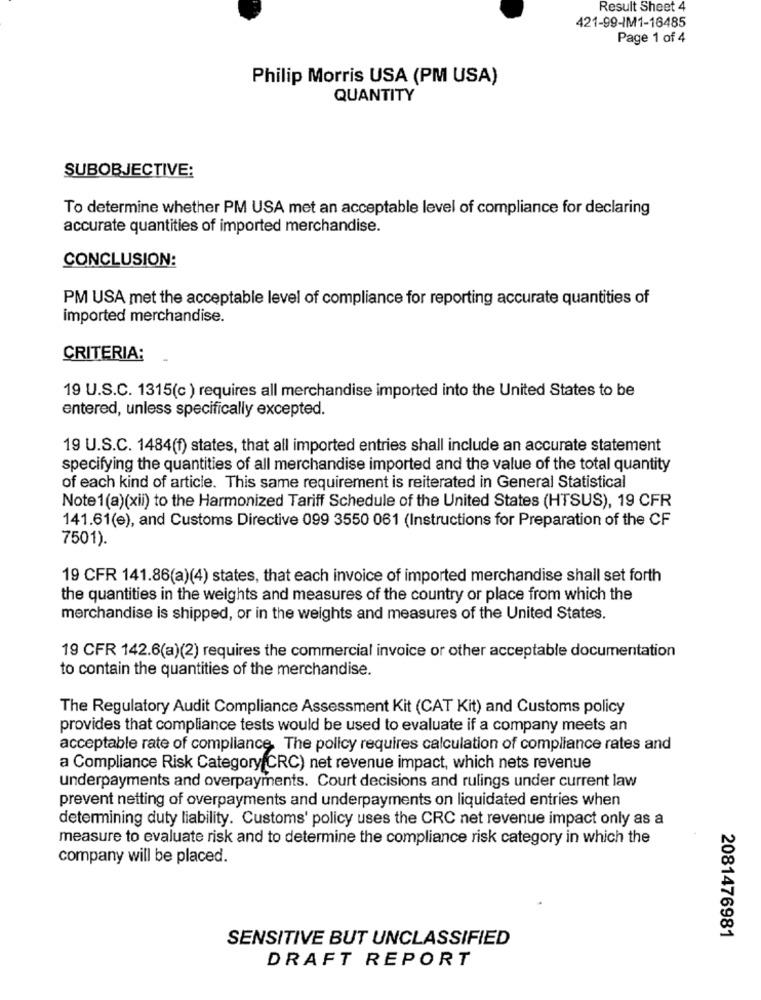
Result Sheet 4
421-99-IM1-16485
Page 1 of 4
Philip Morris USA (PM USA)
QUANTITY
SUBOBJECTIVE:
To determine whether PM USA met an acceptable level of compliance for declaring
accurate quantities of imported merchandise.
CONCLUSION:
PM USA met the acceptable level of compliance for reporting accurate quantities of
imported merchandise.
CRITERIA:
19 U.S.C. 1315(c ) requires all merchandise imported into the United States to be
entered, unless specifically excepted.
19 U.S.C. 1484(f) states, that all imported entries shall include an accurate statement
specifying the quantities of all merchandise imported and the value of the total quantity
of each kind of article. This same requirement is reiterated in General Statistical
Note1(a)(xii) to the Harmonized Tariff Schedule of the United States (HTSUS), 19 CFR
141.61(e), and Customs Directive 099 3550 061 (Instructions for Preparation of the CF
7501).
19 CFR 141.86(a)(4) states, that each invoice of imported merchandise shall set forth
the quantities in the weights and measures of the country or place from which the
merchandise is shipped, or in the weights and measures of the United States.
19 CFR 142.6(a)(2) requires the commercial invoice or other acceptable documentation
to contain the quantities of the merchandise.
The Regulatory Audit Compliance Assessment Kit (CAT Kit) and Customs policy
provides that compliance tests would be used to evaluate if a company meets an
acceptable rate of compliance. The policy requires calculation of compliance rates and
a Compliance Risk Category(CRC) net revenue impact, which nets revenue
underpayments and overpayments. Court decisions and rulings under current law
prevent netting of overpayments and underpayments on liquidated entries when
determining duty liability. Customs' policy uses the CRC net revenue impact only as a
measure to evaluate risk and to determine the compliance risk category in which the
company will be placed.
SENSITIVE BUT UNCLASSIFIED
2081476981
DRAFT REPORT